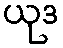
ယုဒ